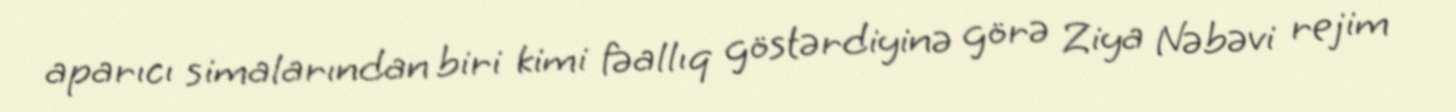
aparıcı simalarından biri kimi fəallıq göstərdiyinə görə Ziya Nəbəvi rejim